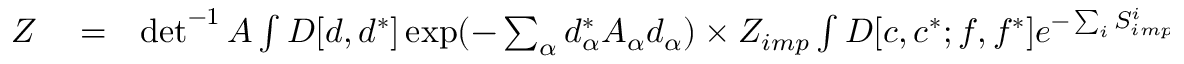
\begin{array} { r l r } { { \cal Z } } & { { } = } & { \operatorname* { d e t } ^ { - 1 } A \int { \cal D } [ d , d ^ { * } ] \exp ( - \sum _ { \alpha } d _ { \alpha } ^ { * } A _ { \alpha } d _ { \alpha } ) \times { \cal Z } _ { i m p } \int { \cal D } [ c , c ^ { * } ; f , f ^ { * } ] e ^ { - \sum _ { i } S _ { i m p } ^ { i } [ c , c ^ { * } ; f , f ^ { * } ] } \times } \end{array}